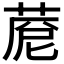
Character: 𦴓